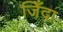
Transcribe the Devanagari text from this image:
जिँदा